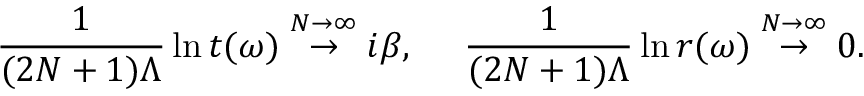
\frac { 1 } { ( 2 N + 1 ) \Lambda } \ln t ( \omega ) \stackrel { N \rightarrow \infty } { \rightarrow } i \beta , \ \ \ \ \frac { 1 } { ( 2 N + 1 ) \Lambda } \ln r ( \omega ) \stackrel { N \rightarrow \infty } { \rightarrow } 0 .